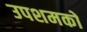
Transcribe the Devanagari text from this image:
उपशमकों